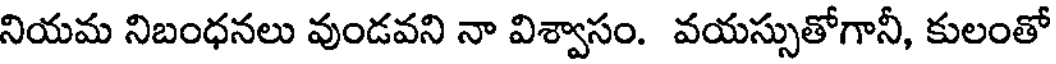
నియమ నిబంధనలు వుండవని నా విశ్వాసం. వయస్సుతోగానీ, కులంతో